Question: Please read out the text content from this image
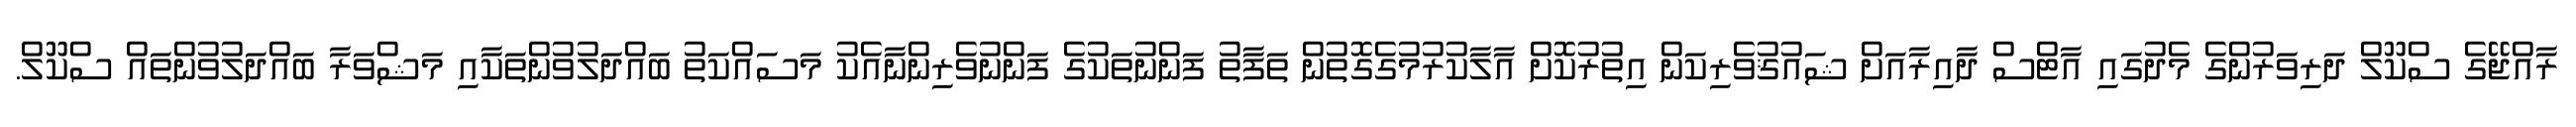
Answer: ރާއްޖޭގެ ސްކޫލް ދަރިވަރުންގެ މެދުގައި އާޓްސް ދާއިރާއަށް ޝައުޤުވެރިކަން އިތުރުކޮށް އާލާކުރުމުގެގޮތުން ތަފާތު ފަންނުތަކުގެ ފަންނުވެރިންނާއެކު މަސައްކަތު ބައްދަލުވުންތަކާއި މަޝްވަރާ ބައްދަލުވުންތައް ސްކޫލް.